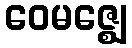
ဝေမဇ္ဈေ